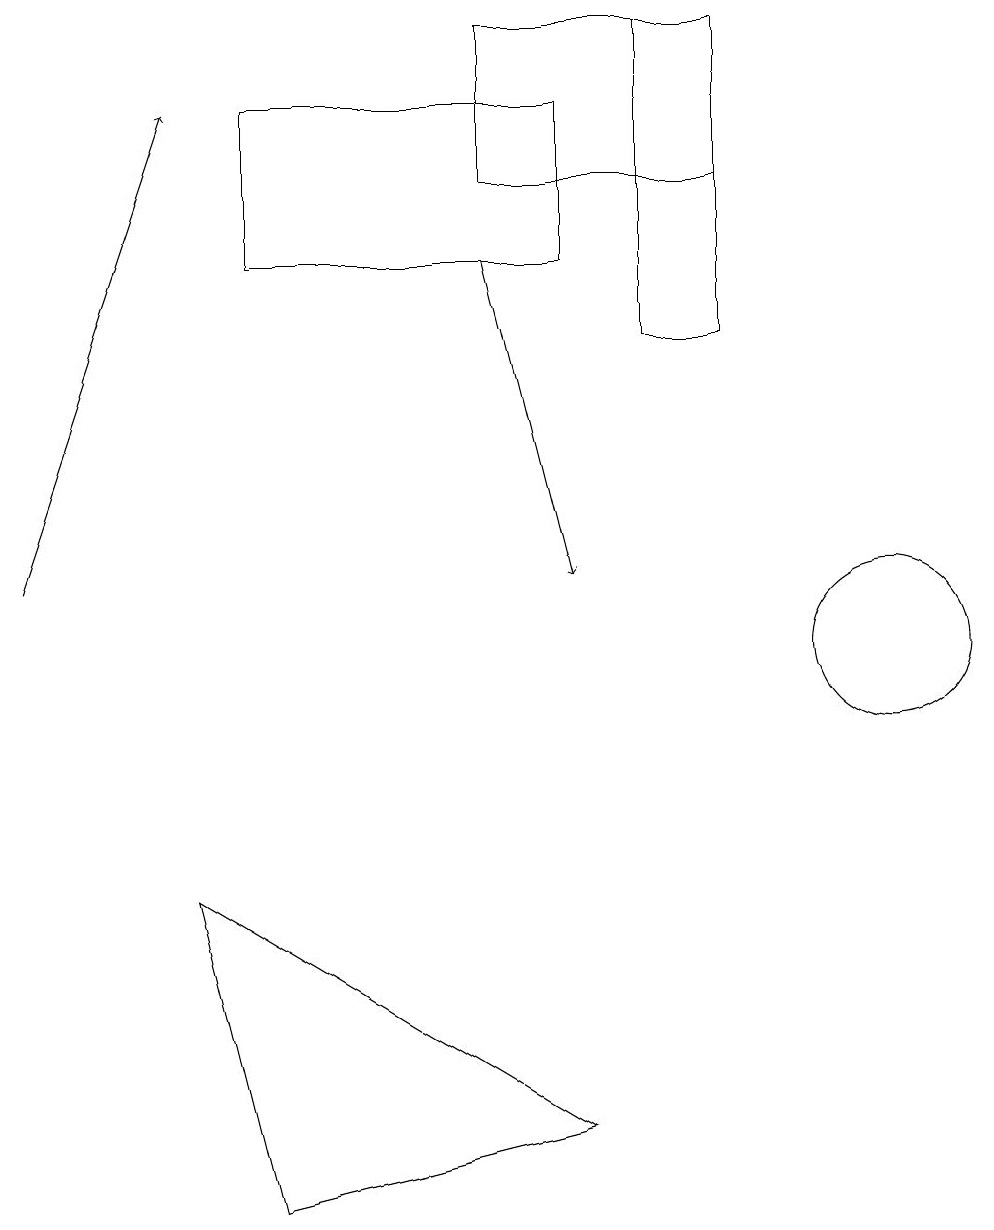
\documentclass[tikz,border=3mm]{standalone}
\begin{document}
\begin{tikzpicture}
\draw[->] (6,15) -- (7,11);
\draw (7,4) -- (2,7) -- (3,3) -- cycle;
\draw (3,15) rectangle (7,17);
\draw (11,10) circle (1);
\draw (9,18) rectangle (8,14);
\draw[->] (0,11) -- (2,17);
\draw (6,16) rectangle (9,18);
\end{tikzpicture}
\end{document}